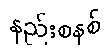
နည်းစနစ်